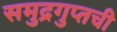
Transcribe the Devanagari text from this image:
समुद्रगुप्तची